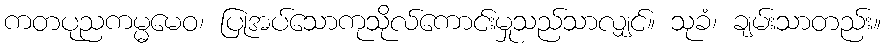
ကတပုညကမ္မမေဝ၊ ပြုအပ်သောကုသိုလ်ကောင်းမှုသည်သာလျှင်။ သုခံ၊ ချမ်းသာတည်း။